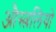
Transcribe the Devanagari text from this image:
औस्त्रलियो